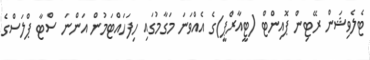
ޓެލެވިޝަން ރޭޓިން ޕޮއިންޓް (ޓީއާރްޕީ)ގެ އެއްވަނަ މަގާމުގައި ހިފަހައްޓަމުން އަންނަ ސްޓާ ޕްލަސްގެ